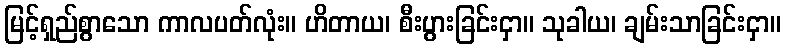
မြင့်ရှည်စွာသော ကာလပတ်လုံး။ ဟိတာယ၊ စီးပွားခြင်းငှာ။ သုခါယ၊ ချမ်းသာခြင်းငှာ။